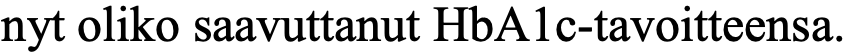
nyt oliko saavuttanut HbA1c-tavoitteensa.